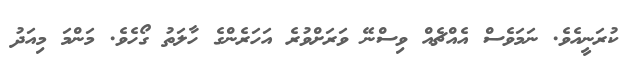
ކުރަނީއެވެ. ނަމަވެސް އެއްޗެއް ވިސްނޭ ވަރަށްވުރެ އަހަރެންގެ ހާލަތު ގޯހެވެ. މަންމަ މިއަދު